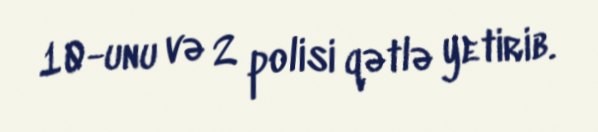
10-unu və 2 polisi qətlə yetirib.